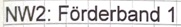
Text: NW2: Förderband 1